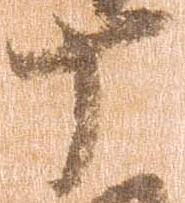
十